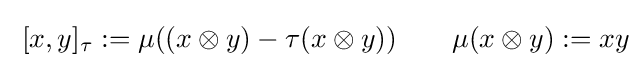
\;[x,y]_{\tau }:=\mu ((x\otimes y)-\tau (x\otimes y))\qquad \mu (x\otimes y):=xy